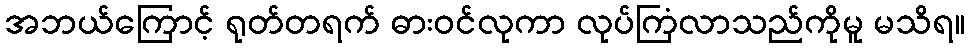
အဘယ်ကြောင့် ရုတ်တရက် ဓားဝင်လုကာ လုပ်ကြံလာသည်ကိုမူ မသိရ။